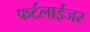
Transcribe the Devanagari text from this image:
फर्टलाईजर